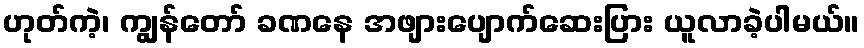
ဟုတ်ကဲ့၊ ကျွန်တော် ခဏနေ အဖျားပျောက်ဆေးပြား ယူလာခဲ့ပါမယ်။